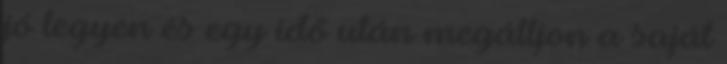
jó legyen és egy idő után megálljon a saját